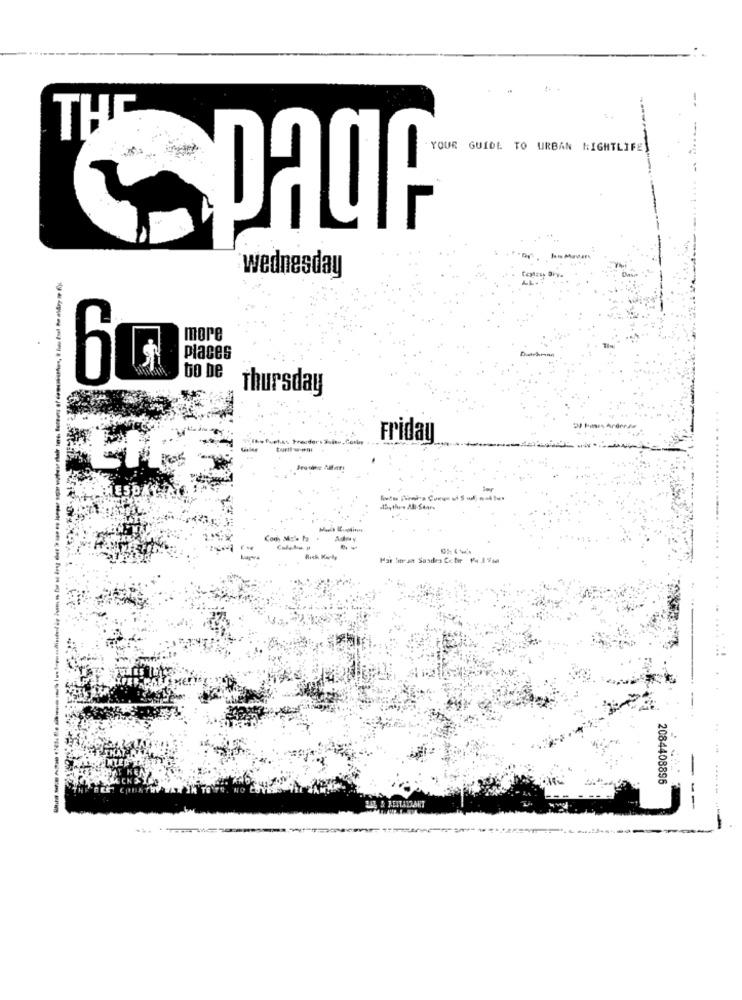
-.
THE
YOUR GUIDE TO URBAN NIGHTLIFE
........ ...
Page
wednesday
more
Places
CO
bo De
Thursday
Tilbe fuehss Precders Sales.fo
Friday
Beusing Aller!
#5th. All-Stars
fat borsa Saades Cebir 14 17sa
2084408895